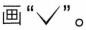
画”√” 。